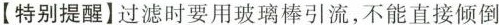
【特别提】过滤时要用玻璃棒引流，不能直接倾倒